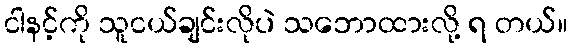
ငါနင့်ကို သူငယ်ချင်းလိုပဲ သဘောထားလို့ ရ တယ်။